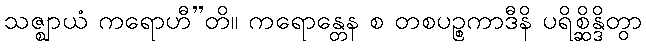
သဇ္ဈာယံ ကရောဟီ”တိ။ ကရောန္တေန စ တစပဉ္စကာဒီနိ ပရိစ္ဆိန္ဒိတွာ